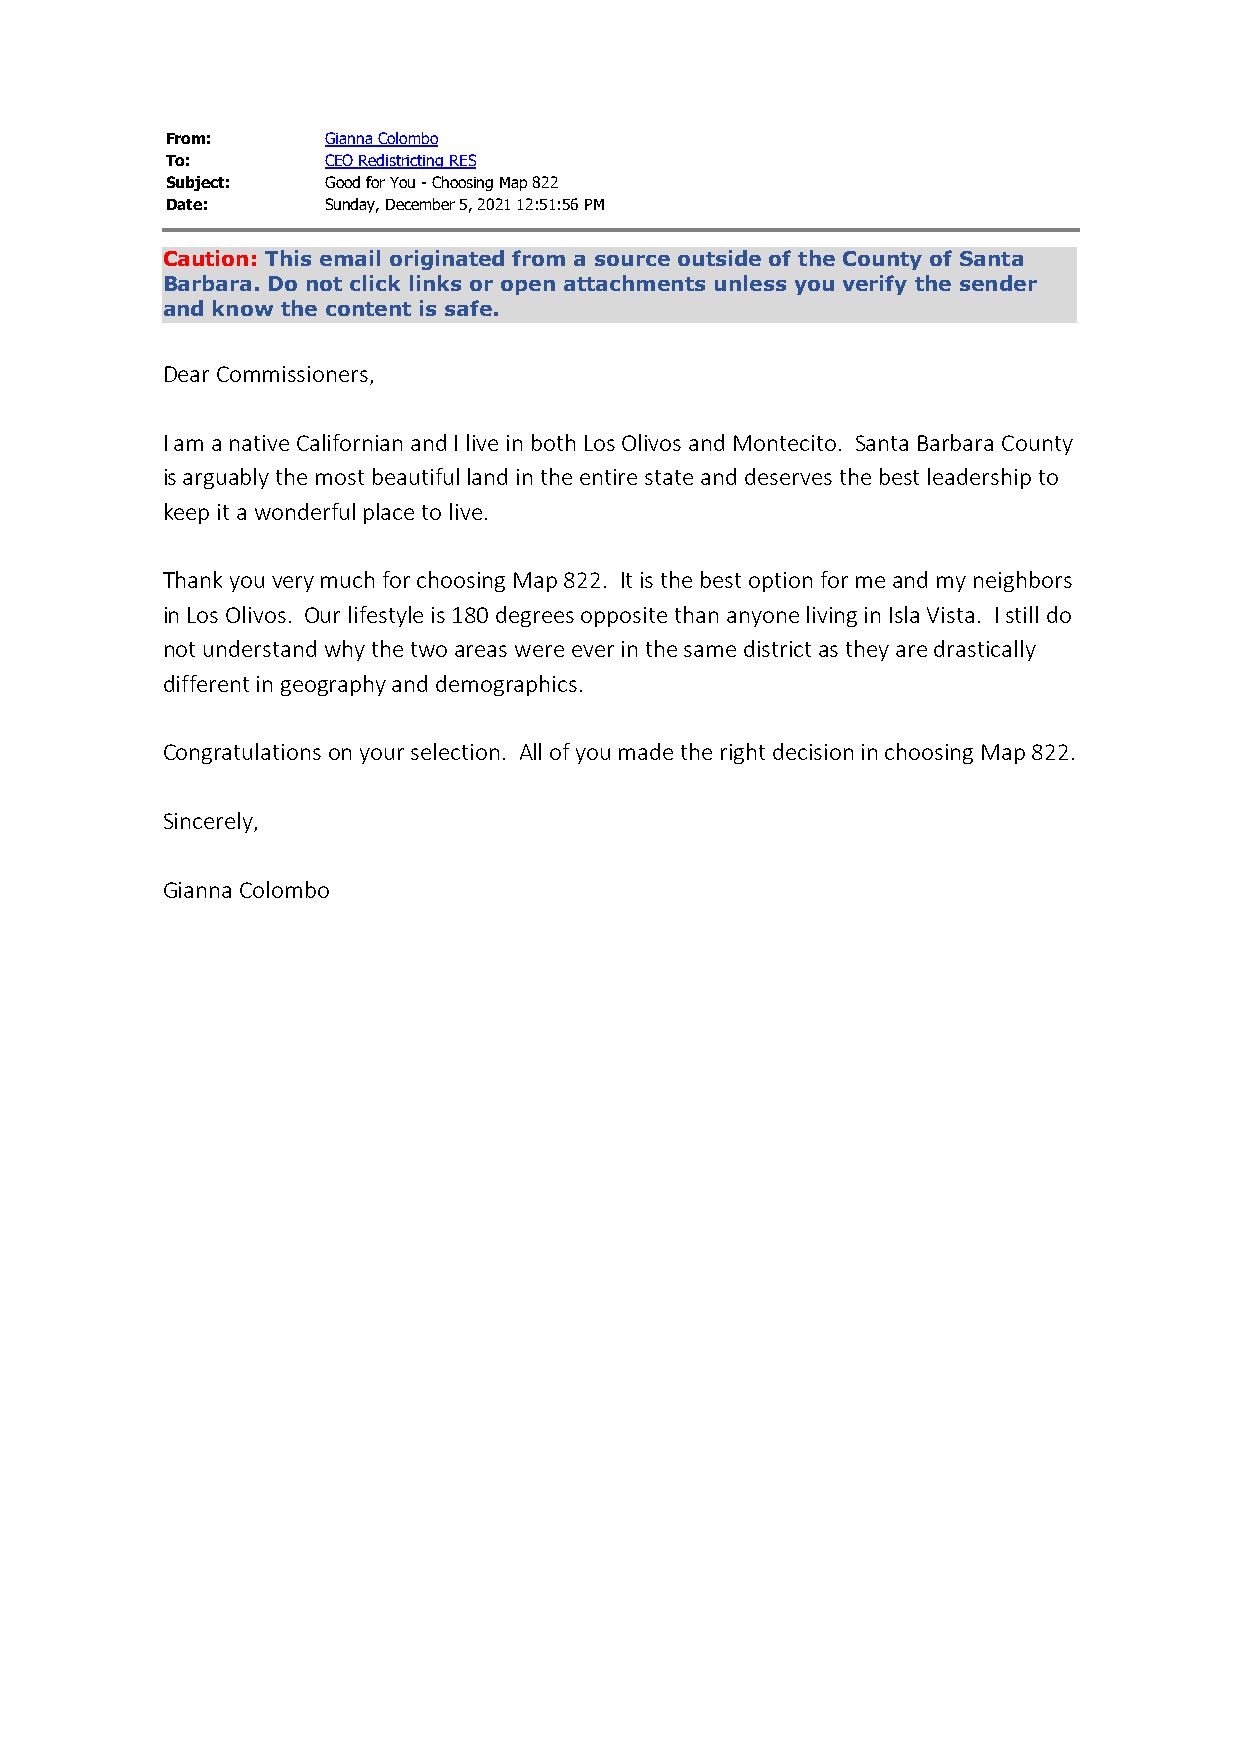
From:      Gianna Colombo
 To:        CEO Redistricting RES
 Subject:   Good for You - Choosing Map 822
 Date:      Sunday, December 5, 2021 12:51:56 PM
 Caution: This email originated from a source outside of the County of Santa
 Barbara. Do not click links or open attachments unless you verify the sender
 and know the content is safe.
 Dear Commissioners,
 I am a native Californian and I live in both Los Olivos and Montecito. Santa Barbara County
 is arguably the most beautiful land in the entire state and deserves the best leadership to
 keep it a wonderful place to live.
 Thank you very much for choosing Map 822. It is the best option for me and my neighbors
 in Los Olivos. Our lifestyle is 180 degrees opposite than anyone living in Isla Vista. I still do
 not understand why the two areas were ever in the same district as they are drastically
 different in geography and demographics.
 Congratulations on your selection. All of you made the right decision in choosing Map 822.
 Sincerely,
 Gianna Colombo